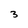
Character: 3